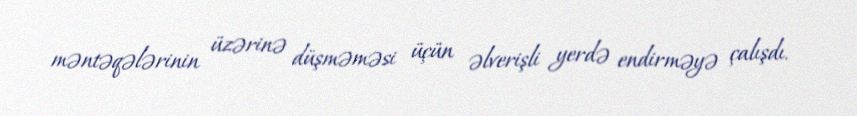
məntəqələrinin üzərinə düşməməsi üçün əlverişli yerdə endirməyə çalışdı.